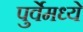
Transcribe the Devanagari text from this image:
पुर्वेमध्ये